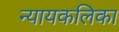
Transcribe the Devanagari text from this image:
न्यायकलिका